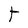
Character: t